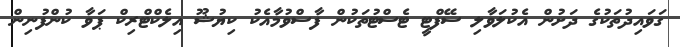
ގަވައިދުތަކުގެ ދަށުން އެކުލަވާލި ސޭފްޓީ ޓެސްޓުތަކުން ފާސްވުމާއެކު ކިޔުޝޫ އިލެކްޓްރިކް ޕަވާ ކުންފުނިން